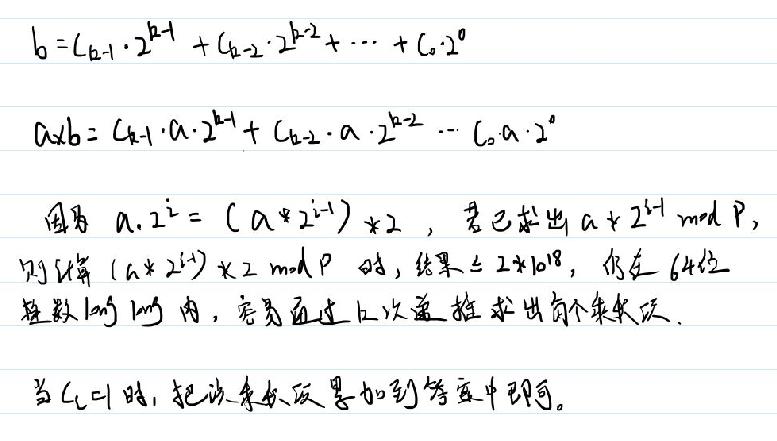
\[
b = c_{k - 1} \cdot 2^{k - 1} + c_{k - 2} \cdot 2^{k - 2} + \cdots + c_{0} \cdot 2^{0}
\]
\[
a \times b = c_{k - 1} \cdot a \cdot 2^{k - 1} + c_{k - 2} \cdot a \cdot 2^{k - 2} + \cdots + c_{0} \cdot a \cdot 2^{0}
\]
因为 \(a \cdot 2^{i} = (a \times 2^{i - 1}) \times 2\)，若已求出 \(a \times 2^{i - 1} \bmod P\)，则计算 \((a \times 2^{i - 1}) \times 2 \bmod P\) 时，结果 \(\leq 2 \times 10^{18}\)，仍在 64 位整数 long long 内，容易通过上一次递推求出每个乘积项。
当 \(c_{i} = 1\) 时，把该乘积项累加到答案中即可。